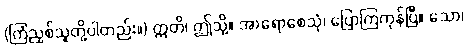
(ကြံညှစ်သူတို့ပါတည်း။) ဣတိ၊ ဤသို့။ အာရောစေသုံ၊ ပြောကြကုန်ပြီ။ သော၊